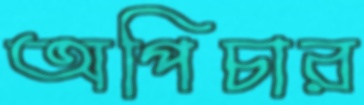
অপিচার